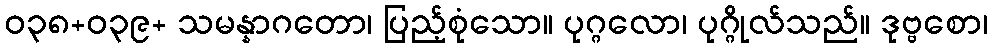
ဝ၃၈+၀၃၉+ သမန္နာဂတော၊ ပြည့်စုံသော။ ပုဂ္ဂလော၊ ပုဂ္ဂိုလ်သည်။ ဒုဗ္ဗစော၊